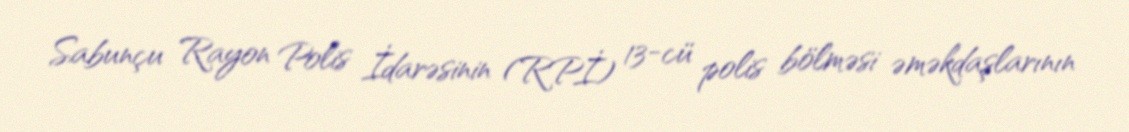
Sabunçu Rayon Polis İdarəsinin (RPİ) 13-cü polis bölməsi əməkdaşlarının